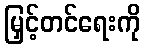
မြှင့်တင်ရေးကို